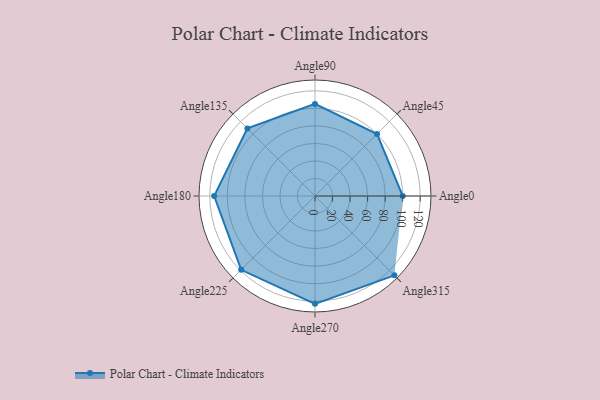
{"axis": {"x": "Angle", "y": "Radius"}, "legend": [""], "data": [{"x": "Angle0", "y": 100.0, "type": ""}, {"x": "Angle45", "y": 100.0, "type": ""}, {"x": "Angle90", "y": 105.0, "type": ""}, {"x": "Angle135", "y": 109.0, "type": ""}, {"x": "Angle180", "y": 115.0, "type": ""}, {"x": "Angle225", "y": 119.0, "type": ""}, {"x": "Angle270", "y": 123.0, "type": ""}, {"x": "Angle315", "y": 128.0, "type": ""}]}